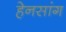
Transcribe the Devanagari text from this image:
हेनसांग